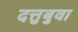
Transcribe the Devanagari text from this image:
दत्तुबुवा